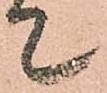
て